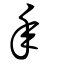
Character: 秊